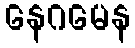
နေဂမေန